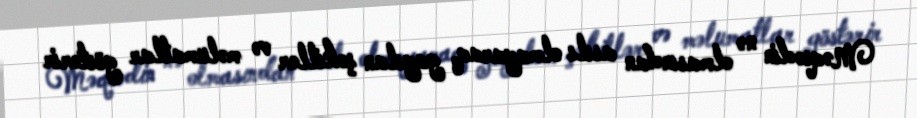
Məqsədin nə olmasından asılı olmayaraq, yayılan şəkillər və məlumatlar göstərir